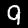
Label: 9